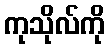
ကုသိုလ်ကို